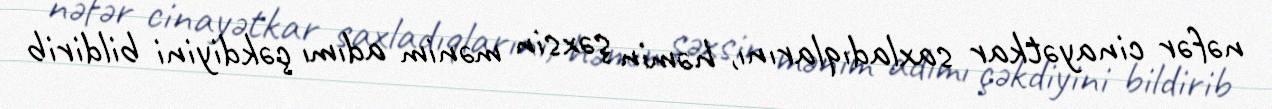
nəfər cinayətkar saxladıqlarını, həmin şəxsin mənim adımı çəkdiyini bildirib